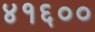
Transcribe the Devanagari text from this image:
४१६००